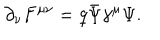
{ \partial } _ { \nu } { F } ^ { \mu \nu } = q \bar { \Psi } { \gamma } ^ { \mu } { \Psi } .